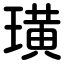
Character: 璜